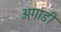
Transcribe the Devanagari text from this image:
अगाडी